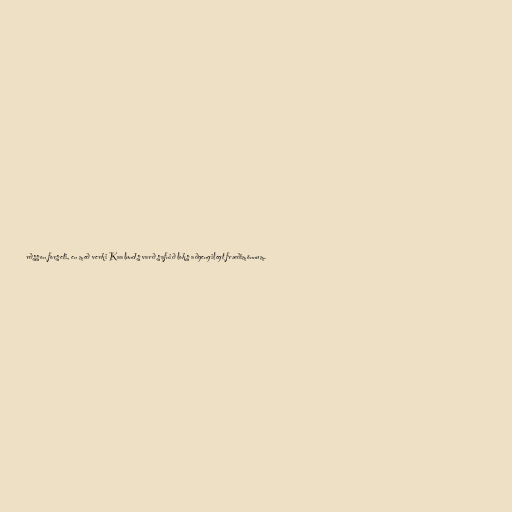
rðsson forseti, en með verki Kaalunds varð safnið loks aðgengilegt fræðimönnum.